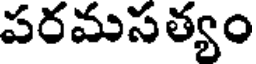
పరమసత్యం